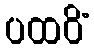
ပထဝိံ